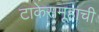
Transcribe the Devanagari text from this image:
टाकेसमूहाची